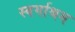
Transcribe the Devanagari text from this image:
स्‍वर्गाश्रम